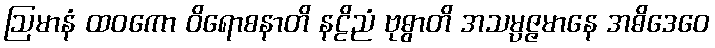
ဩမာနံ ထဝကော ဝိရောစနာတိ နဠိညံ ဗုဓွာတိ အသမ္ပဇ္ဇမာနေ အဓိဒေဝေ